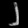
Digit: ၂